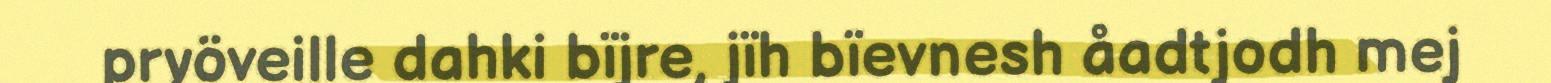
pryöveille dahki bïjre, jïh bïevnesh åadtjodh mej